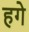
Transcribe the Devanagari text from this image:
हगे